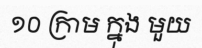
១០ ក្រាម ក្នុង មួយ